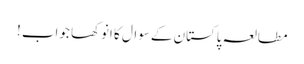
مطالعہ پاکستان کے سوال کا انوکھا جواب !